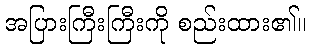
အပြားကြီးကြီးကို စည်းထား၏။